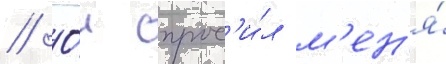
// О́н спрос'и́л м'ен'я́